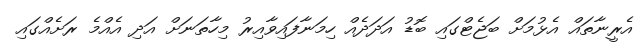
އެރީނާތައް އެޅުމަށް ބަޖެޓްގައި ބޮޑު އަދަދެއް ހިމަނާފައިވާއިރު މިހާތަނަށް އަދި އެއްމެ ރަށެއްގައި